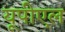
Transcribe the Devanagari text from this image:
यूपीएल